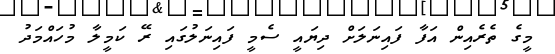
މީގެ ތެރެއިން އަފާ ފައިނަލަށް ދިޔައީ ސެމީ ފައިނަލުގައި ރޭ ކަމީލާ މުހައްމަދު